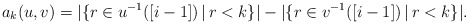
\begin{align*}a_k(u,v)=|\{r\in u^{-1}([i-1])\,|\, r<k\}|-|\{r\in v^{-1}([i-1])\,|\, r<k\}|.\end{align*}